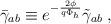
LaTeX: \begin{align*}\bar{\gamma}_{ab}\equiv e^{-\frac{2\phi}{q\Phi_h}}\tilde{\gamma}_{ab}\;,\end{align*}